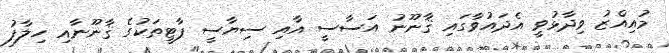
މުއިއްޒު ވިދާޅުވީ އެދައުވާގައި ޤާނޫނު އަސާސީ އާއި ސިޔާސީ ޕާޓީތަކުގެ ޤާނޫނާއި ހިލާފު